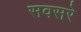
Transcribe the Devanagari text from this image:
सवसरे